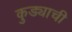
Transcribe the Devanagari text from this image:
कुड्याची